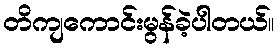
တိကျကောင်းမွန်ခဲ့ပါတယ်။